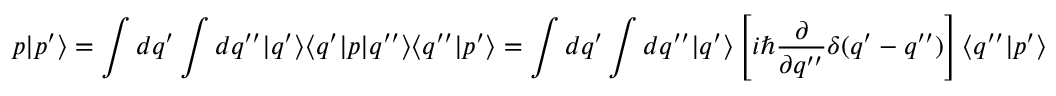
p | p ^ { \prime } \rangle = \int d q ^ { \prime } \int d q ^ { \prime \prime } | q ^ { \prime } \rangle \langle q ^ { \prime } | p | q ^ { \prime \prime } \rangle \langle q ^ { \prime \prime } | p ^ { \prime } \rangle = \int d q ^ { \prime } \int d q ^ { \prime \prime } | q ^ { \prime } \rangle \left[ i \hbar \frac { \partial } { \partial q ^ { \prime \prime } } \delta ( q ^ { \prime } - q ^ { \prime \prime } ) \right] \langle q ^ { \prime \prime } | p ^ { \prime } \rangle